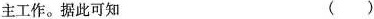
主工作。据此可知 （）